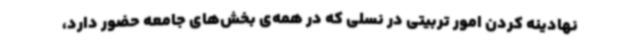
نهادینه کردن امور تربیتی در نسلی که در همه‌ی بخش‌های جامعه حضور دارد،